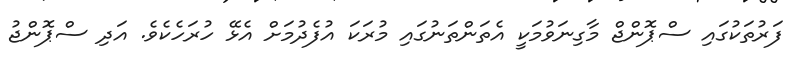
ފަރުތަކުގައި ސްޕޮންޖް މާގިނަވުމަކީ އެތަންތަނުގައި މުރަކަ އުފެދުމަށް އެޅޭ ހުރަހެކެވެ. އަދި ސްޕޮންޖު